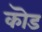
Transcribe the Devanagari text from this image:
कॊड